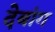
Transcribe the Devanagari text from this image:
देबांग